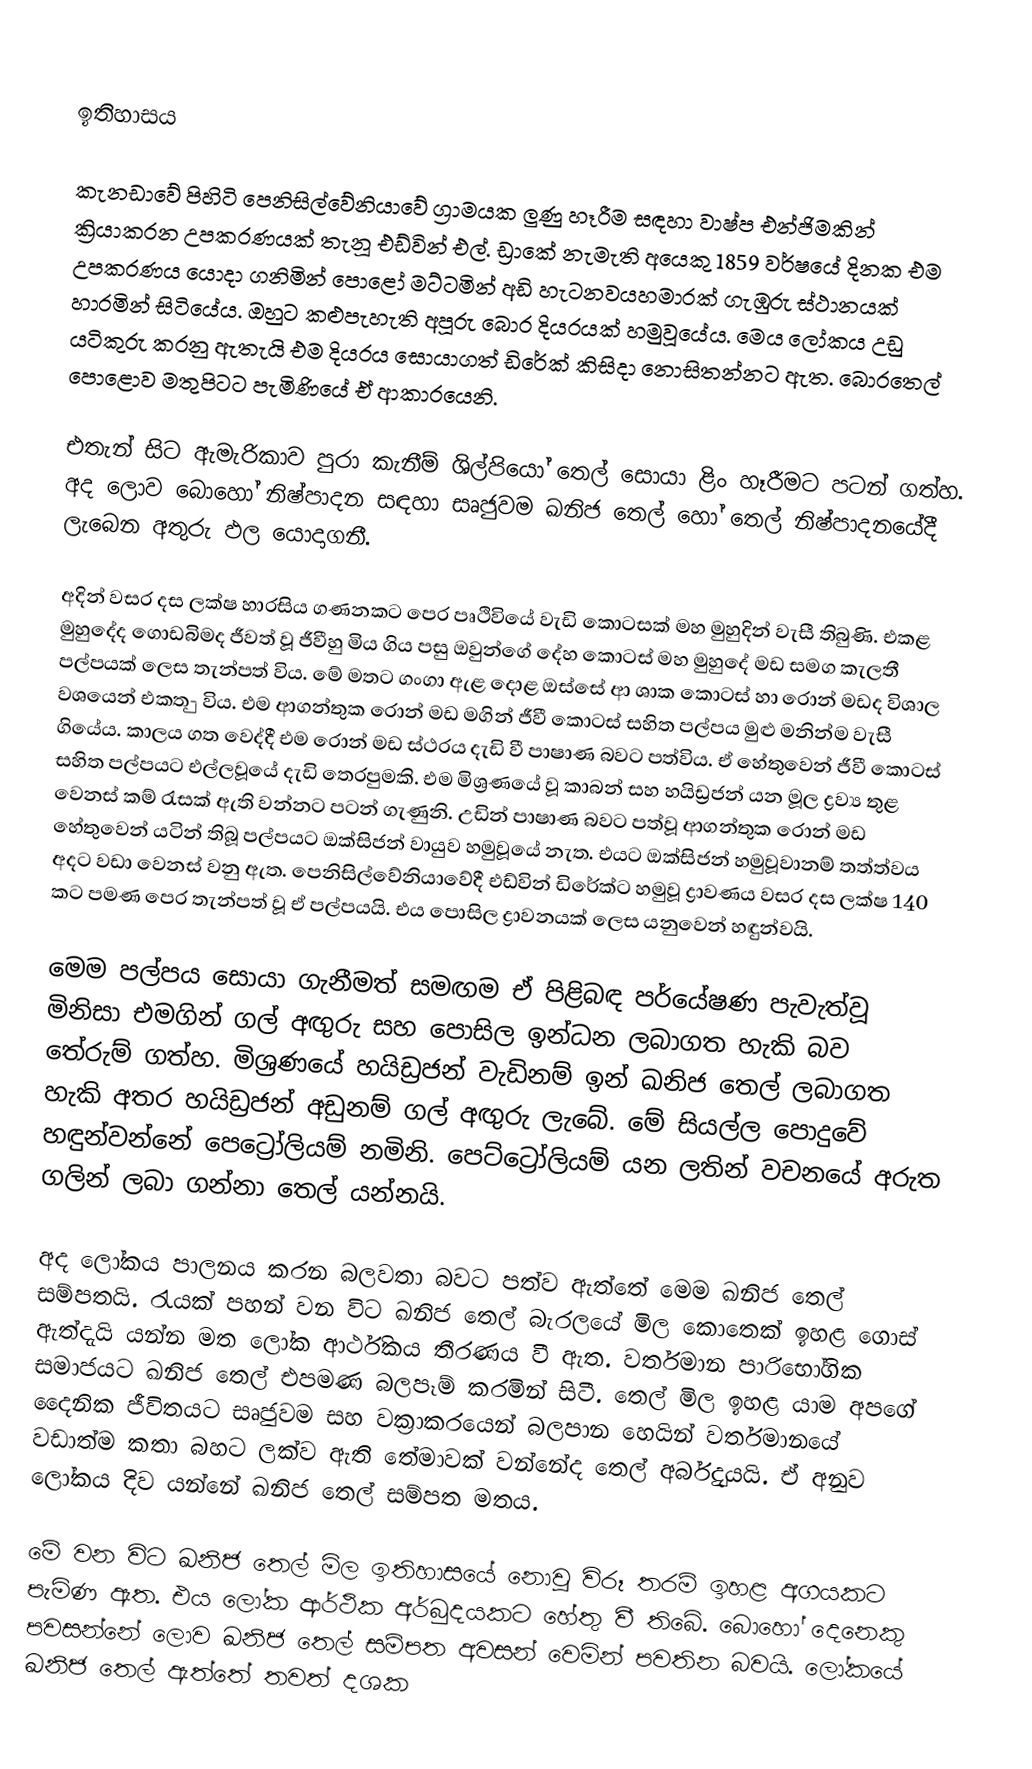

ඉතිහාසය

කැනඩාවේ පිහිටි පෙනිසිල්වේනියාවේ ග්‍රාමයක ලුණු හෑරීම සඳහා වාෂ්ප එන්ජිමකින් ක්‍රියාකරන උපකරණයක් තැනූ එඩ්වින් එල්. ඩ්‍රාකේ නැමැති අයෙකු 1859 වර්ෂයේ දිනක එම උපකරණය යොදා ගනිමින් පොළෝ මට්ටමින් අඩි හැටනවයහමාරක් ගැඹුරු ස්ථානයක් හාරමින් සිටියේය. ඔහුට කළුපැහැති අපූරු බොර දියරයක් හමුවූයේය. මෙය ලෝකය උඩු යටිකුරු කරනු ඇතැයි එම දියරය සොයාගත් ඩිරේක් කිසිදා නොසිතන්නට ඇත. බොරතෙල් පොළොව මතුපිටට පැමිණියේ ඒ ආකාරයෙනි.

එතැන් සිට ඇමැරිකාව පුරා කැනීම් ශිල්පියෝ තෙල් සොයා ළිං හෑරීමට පටන් ගත්හ. අද ලොව බොහෝ නිෂ්පාදන සඳහා සෘජුවම ඛනිජ තෙල් හෝ තෙල් නිෂ්පාදනයේදී ලැබෙන අතුරු ඵල යොදාගනී.

අදින් වසර දස ලක්ෂ හාරසිය ගණනකට පෙර පෘථිවියේ වැඩි කොටසක් මහ මුහුදින් වැසී තිබුණි. එකළ මුහුදේද ගොඩබිමද ජීවත් වූ ජීවීහු මිය ගිය පසු ඔවුන්ගේ දේහ කොටස් මහ මුහුදේ මඩ සමග කැලතී පල්පයක් ලෙස තැන්පත් විය. මේ මතට ගංගා ඇළ දොළ ඔස්සේ ආ ශාක කොටස් හා රොන් මඩද විශාල වශයෙන් එකත-ු විය. එම ආගන්තුක රොන් මඩ මගින් ජීවී කොටස් සහිත පල්පය මුළු මනින්ම වැසී ගියේය. කාලය ගත වෙද්දී එම රොන් මඩ ස්ථරය දැඩි වී පාෂාණ බවට පත්විය. ඒ හේතුවෙන් ජීවී කොටස් සහිත පල්පයට එල්ලවූයේ දැඩි තෙරපුමකි. එම මිශ්‍රණයේ වූ කාබන් සහ හයිඩ්‍රජන් යන මූල ද්‍රව්‍ය තුළ වෙනස් කම් රැසක් ඇති වන්නට පටන් ගැණුනි. උඩින් පාෂාණ බවට පත්වූ ආගන්තුක රොන් මඩ හේතුවෙන් යටින් තිබූ පල්පයට ඔක්සිජන් වායුව හමුවූයේ නැත.  එයට ඔක්සිජන් හමුවූවානම් තත්ත්වය අදට වඩා වෙනස් වනු ඇත. පෙනිසිල්වේනියාවේදී එඩ්වින් ඩිරේක්ට හමුවූ ද්‍රාවණය වසර දස ලක්ෂ 140 කට පමණ පෙර තැන්පත් වූ ඒ පල්පයයි. එය පොසිල ද්‍රාවනයක් ලෙස යනුවෙන් හඳුන්වයි.

මෙම පල්පය සොයා ගැනීමත් සමඟම ඒ පිළිබඳ පර්යේෂණ පැවැත්වූ මිනිසා එමගින් ගල් අඟුරු සහ පොසිල ඉන්ධන ලබාගත හැකි බව තේරුම් ගත්හ. මිශ්‍රණයේ හයිඩ්‍රජන් වැඩිනම් ඉන් ඛනිජ තෙල් ලබාගත හැකි අතර හයිඩ්‍රජන් අඩුනම් ගල් අඟුරු ලැබේ. මේ සියල්ල පොදුවේ හඳුන්වන්නේ පෙට්‍රෝලියම් නමිනි. පෙට්ට්‍රෝලියම් යන ලතින් වචනයේ අරුත ගලින් ලබා ගන්නා තෙල් යන්නයි.

අද ලෝකය පාලනය කරන බලවතා බවට පත්ව ඇත්තේ මෙම ඛනිජ තෙල් සම්පතයි. රැයක් පහන් වන විට ඛනිජ තෙල් බැරලයේ මිල කොතෙක් ඉහළ ගොස් ඇත්දැයි යන්න මත ලෝක ආර්ථිකය තීරණය වී ඇත. වර්තමාන පාරිභෝගික සමාජයට ඛනිජ තෙල් එපමණ බලපෑම් කරමින් සිටී. තෙල් මිල ඉහළ යාම අපගේ දෛනික ජීවිතයට සෘජුවම සහ වක්‍රාකරයෙන් බලපාන හෙයින් වර්තමානයේ වඩාත්ම කතා බහට ලක්ව ඇති තේමාවක් වන්නේද තෙල් අර්බුදයයි. ඒ අනුව ලෝකය දිව යන්නේ ඛනිජ තෙල් සම්පත මතය.

මේ වන විට ඛනිජ තෙල් මිල ඉතිහාසයේ නොවූ විරූ තරම් ඉහළ අගයකට පැමිණ ඇත. එය ලෝක ආර්ථික අර්බුදයකට හේතු වී තිබේ. බොහෝ දෙනෙකු පවසන්නේ ලොව ඛනිජ තෙල් සම්පත අවසන් වෙමින් පවතින බවයි. ලෝකයේ ඛනිජ තෙල් ඇත්තේ තවත් දශක